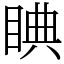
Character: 睓